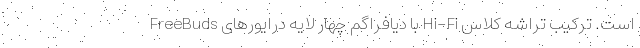
است. ترکیب تراشه کلاس Hi-Fi با دیافراگم چهار لایه درایورهای FreeBuds